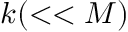
k ( < < M )